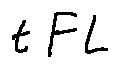
t F L